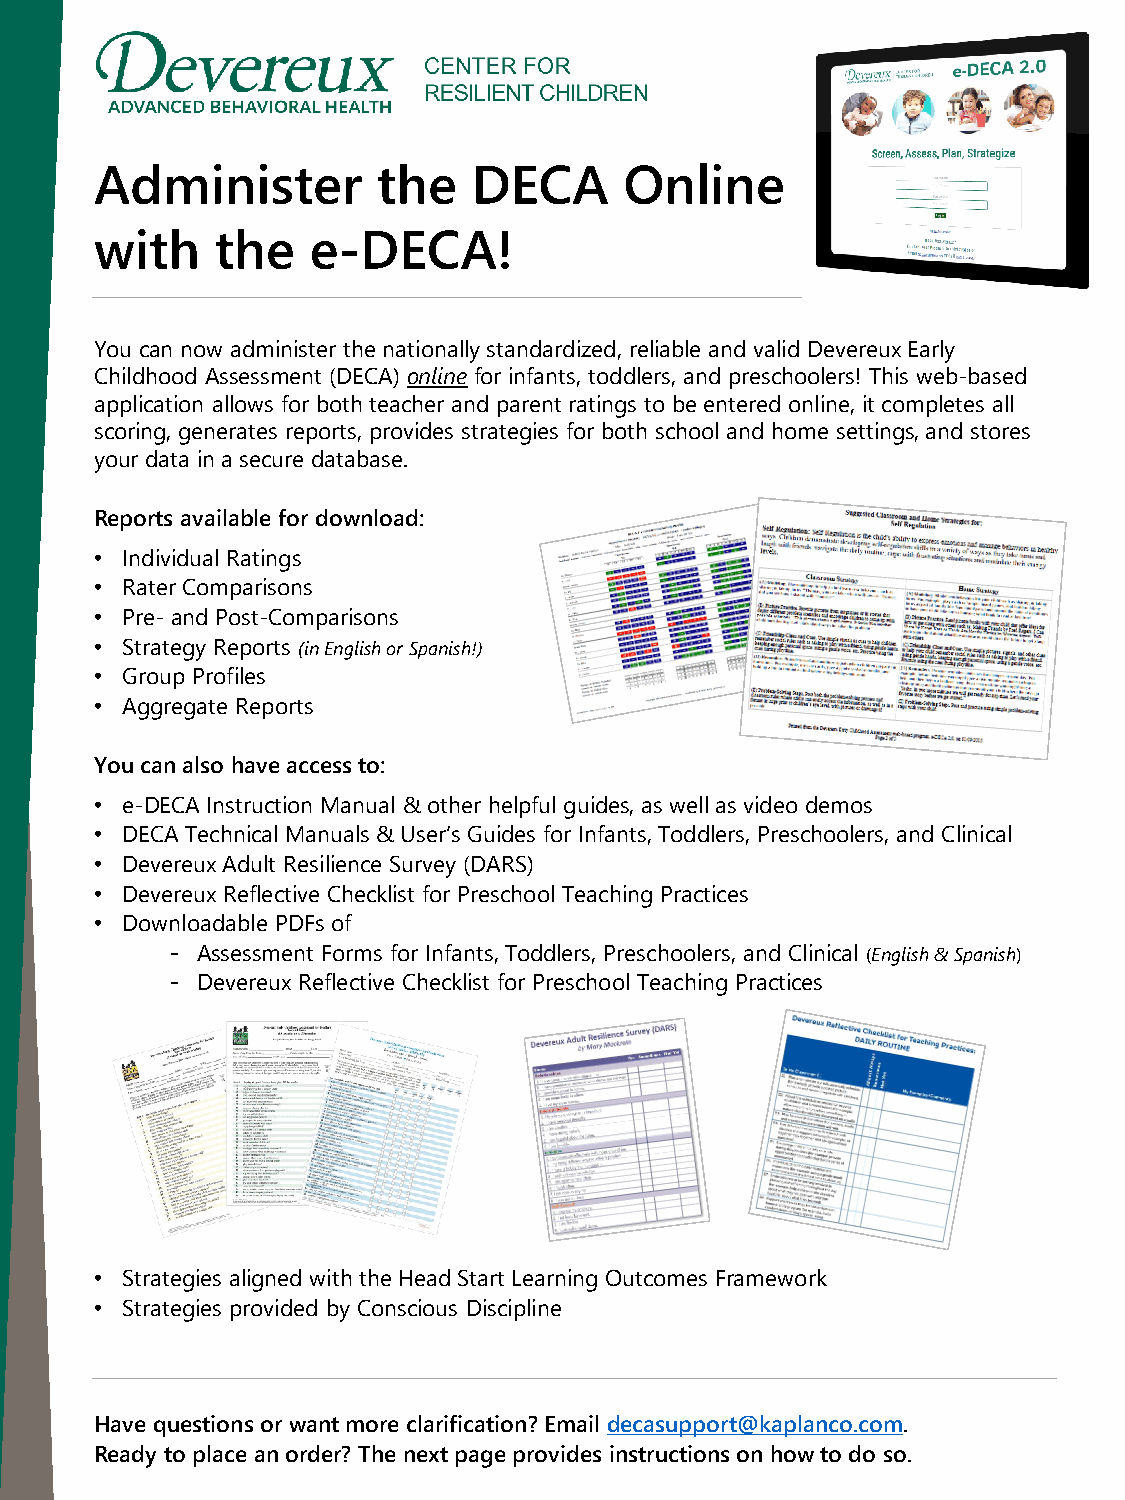
Administer         the   DECA      Online
 with    the    e-DECA!
 You can now administer the nationally standardized, reliable and valid Devereux Early
 Childhood Assessment (DECA) online for infants, toddlers, and preschoolers! This web-based
 application allows for both teacher and parent ratings to be entered online, it completes all
 scoring, generates reports, provides strategies for both school and home settings, and stores
 your data in a secure database.
 Reports available for download:
 • Individual Ratings
 • Rater Comparisons
 • Pre- and Post-Comparisons
 • Strategy Reports (in English or Spanish!)
 • Group Profiles
 • Aggregate Reports
 You can also have access to:
 • e-DECA Instruction Manual & other helpful guides, as well as video demos
 • DECA Technical Manuals & User’s Guides for Infants, Toddlers, Preschoolers, and Clinical
 • Devereux Adult Resilience Survey (DARS)
 • Devereux Reflective Checklist for Preschool Teaching Practices
 • Downloadable PDFs of
 - Assessment Forms for Infants, Toddlers, Preschoolers, and Clinical (English & Spanish)
 - Devereux Reflective Checklist for Preschool Teaching Practices
 • Strategies aligned with the Head Start Learning Outcomes Framework
 • Strategies provided by Conscious Discipline
 Have questions or want more clarification? Email decasupport@kaplanco.com.
 Ready to place an order? The next page provides instructions on how to do so.